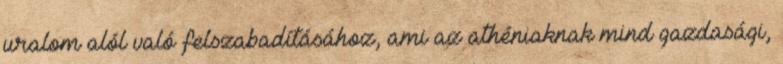
uralom alól való felszabadításához, ami az athéniaknak mind gazdasági,